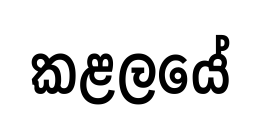
කළලයේ